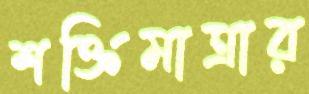
শক্তিমাত্রার